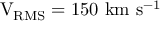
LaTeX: \mathrm { V _ { R M S } } = 1 5 0 ~ \mathrm { k m } ~ \mathrm { s } ^ { - 1 }